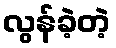
လွန်ခဲ့တဲ့